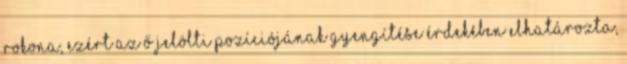
rokona, ezért az ő jelölti pozíciójának gyengítése érdekében elhatározta,